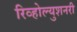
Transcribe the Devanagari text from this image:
रिव्होल्युशनरी